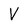
Character: V